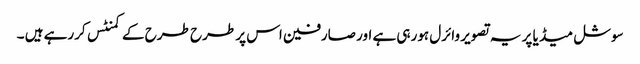
سوشل میڈ یا پر یہ تصویر وائرل ہورہی ہے اور صارفین اس پر طرح طرح کے کمنٹس کررہے ہیں ۔